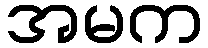
အမက